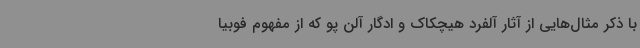
با ذکر مثال‌هایی از آثار آلفرد هیچکاک و ادگار آلن پو که از مفهوم فوبیا